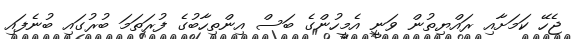
ޖެހޭ ކަމަށާއި ރައްޔިތުން ވަނީ އެމީހުންގެ ބަސް އިންތިހާބުގެ ފުރަތަމަ ބުރުގައި ބުނެފައި